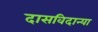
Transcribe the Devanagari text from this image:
दासविदान्या